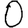
Digit: 0